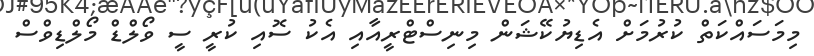
މިމަސައްކަތް ކުރުމަށް އެޑިޔުކޭޝަން މިނިސްޓްރީއާއި އެކު ސޮއި ކުރީ ސީ ވޯލްޑް މޯލްޑިވްސް